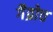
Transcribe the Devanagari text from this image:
गैव्रोच